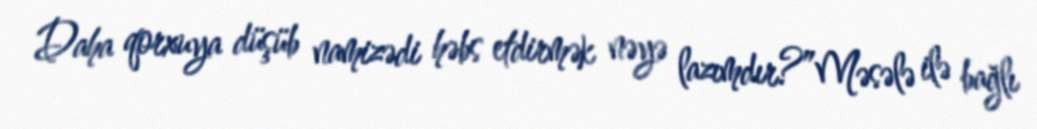
Daha qorxuya düşüb namizədi həbs etdirmək nəyə lazımdır?”Məsələ ilə bağlı